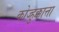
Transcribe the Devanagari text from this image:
कोज्हुक्कात्ता